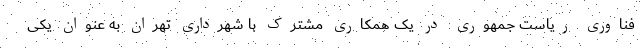
فناوری ریاست جمهوری در یک همکاری مشترک با شهرداری تهران به عنوان یکی